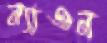
ন্যাওন